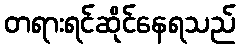
တရားရင်ဆိုင်နေရသည်